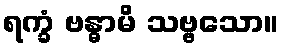
ရက္ခံ ဗန္ဓာမိ သဗ္ဗသော။